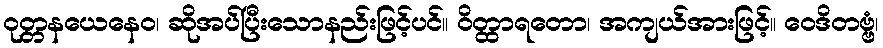
ဝုတ္တနယေနေဝ၊ ဆိုအပ်ပြီးသောနည်းဖြင့်ပင်။ ဝိတ္ထာရတော၊ အကျယ်အားဖြင့်။ ဝေဒိတဗ္ဗံ၊